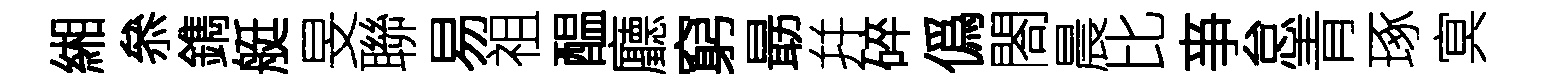
緗叅鐫艇旻聯易祖醖廳窮朂幷碎僞閤晨比亊怠青琢㝠